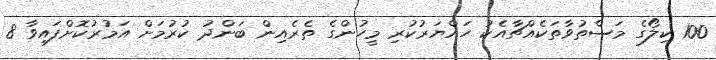
100 ކިލޯގެ މަސްތުވާތަކެއްޗާއެކު ހައްޔަރުކުރި މީހުންގެ ތެރެއިން ބަންދު ކުރުމަށް އަމުރުކޮށްފައިވާ 8